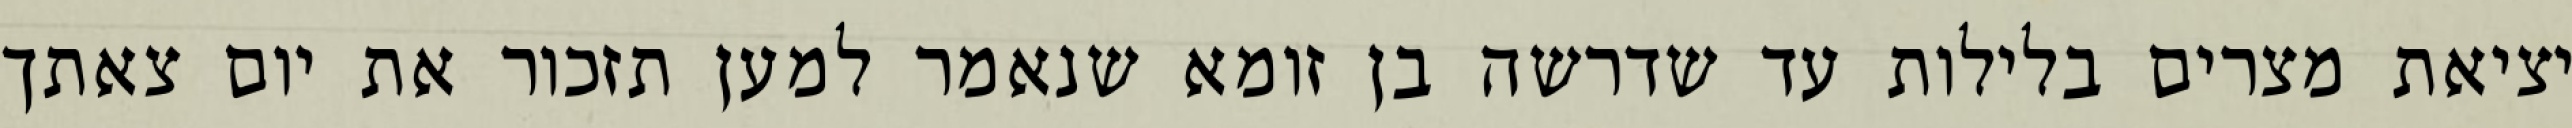
יציאת מצרים בלילות עד שדרשה בן זומא שנאמר למען תזכור את יום צאתך